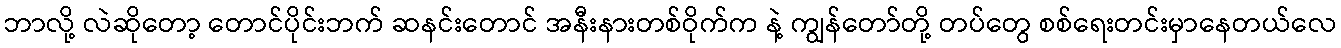
ဘာလို့ လဲဆိုတော့ တောင်ပိုင်းဘက် ဆနင်းတောင် အနီးနားတစ်ဝိုက်က နဲ့ ကျွန်တော်တို့ တပ်တွေ စစ်ရေးတင်းမှာနေတယ်လေ